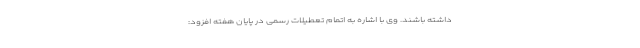
داشته باشند. وی با اشاره به اتمام تعطیلات رسمی در پایان هفته افزود: